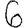
Digit: 6